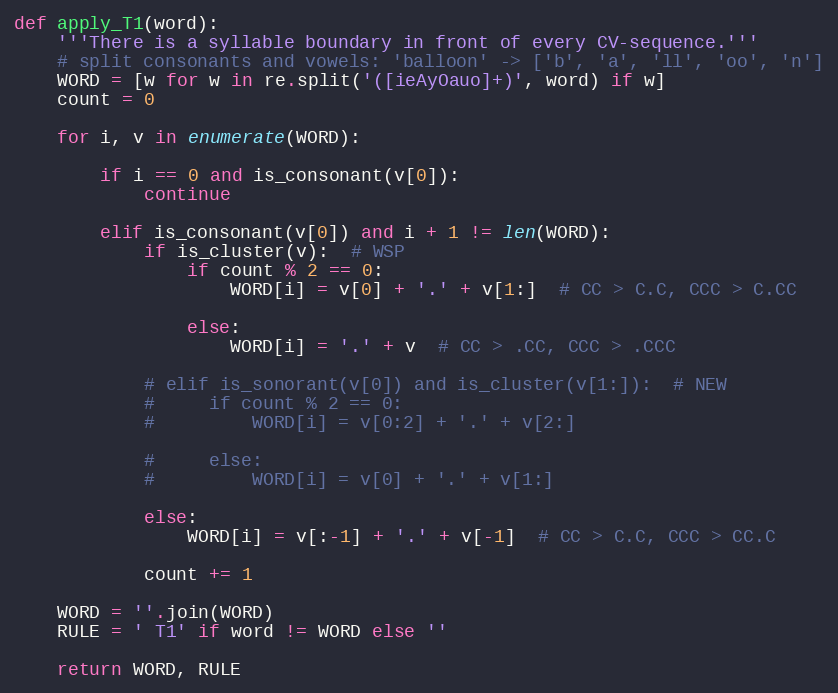
Language: Python
def apply_T1(word):
    '''There is a syllable boundary in front of every CV-sequence.'''
    # split consonants and vowels: 'balloon' -> ['b', 'a', 'll', 'oo', 'n']
    WORD = [w for w in re.split('([ieAyOauo]+)', word) if w]
    count = 0

    for i, v in enumerate(WORD):

        if i == 0 and is_consonant(v[0]):
            continue

        elif is_consonant(v[0]) and i + 1 != len(WORD):
            if is_cluster(v):  # WSP
                if count % 2 == 0:
                    WORD[i] = v[0] + '.' + v[1:]  # CC > C.C, CCC > C.CC

                else:
                    WORD[i] = '.' + v  # CC > .CC, CCC > .CCC

            # elif is_sonorant(v[0]) and is_cluster(v[1:]):  # NEW
            #     if count % 2 == 0:
            #         WORD[i] = v[0:2] + '.' + v[2:]

            #     else:
            #         WORD[i] = v[0] + '.' + v[1:]

            else:
                WORD[i] = v[:-1] + '.' + v[-1]  # CC > C.C, CCC > CC.C

            count += 1

    WORD = ''.join(WORD)
    RULE = ' T1' if word != WORD else ''

    return WORD, RULE